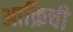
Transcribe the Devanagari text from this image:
आक्रिची